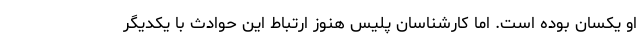
او یکسان بوده است. اما کارشناسان پلیس هنوز ارتباط این حوادث با یکدیگر